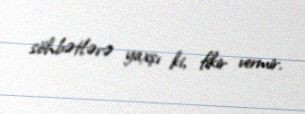
söhbətlərə yaxşı ki, fikir vermir.